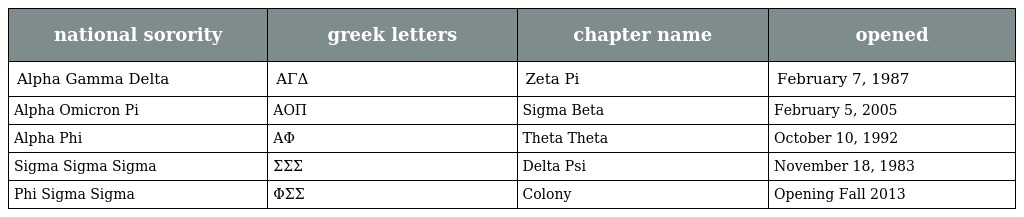
| national sorority | greek letters | chapter name | opened |
 | --- | --- | --- | --- |
 | Alpha Gamma Delta | ΑΓΔ | Zeta Pi | February 7, 1987 |
 | Alpha Omicron Pi | ΑΟΠ | Sigma Beta | February 5, 2005 |
 | Alpha Phi | AΦ | Theta Theta | October 10, 1992 |
 | Sigma Sigma Sigma | ΣΣΣ | Delta Psi | November 18, 1983 |
 | Phi Sigma Sigma | ΦΣΣ | Colony | Opening Fall 2013 |